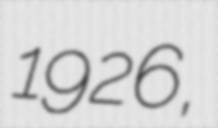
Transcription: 1926,